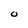
Character: O